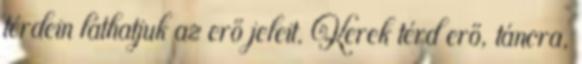
térdein láthatjuk az erő jeleit. Kerek térd erő, táncra,